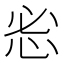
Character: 𰑒